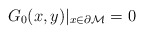
\begin{align*}G_0(x,y)|_{x\in {\partial {\cal M}}}=0 \end{align*}